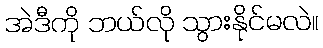
အဲဒီကို ဘယ်လို သွားနိုင်မလဲ။